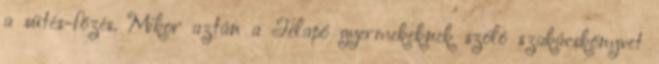
a sütés-főzés. Mikor aztán a Télapó gyermekeknek szóló szakácskönyvet